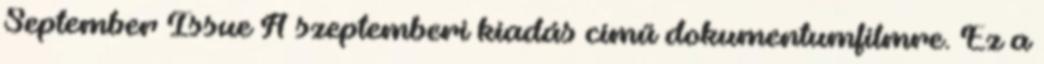
September Issue A szeptemberi kiadás című dokumentumfilmre. Ez a